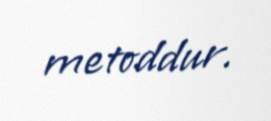
metoddur.